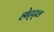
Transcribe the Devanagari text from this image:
होट्ट्ल